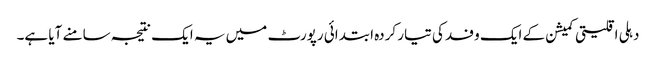
دہلی اقلیتی کمیشن کے ایک وفد کی تیار کردہ ابتدائی رپورٹ میں یہ ایک نتیجہ سامنے آیا ہے۔